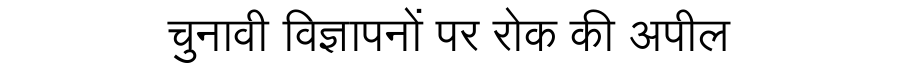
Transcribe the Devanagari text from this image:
चुनावी विज्ञापनों पर रोक की अपील